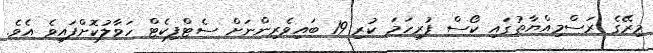
މިރޭގެ ރަސްމިއްޔާތުގައި ކޯސް ފުރިހަމަ ކުރި 19 ބައިވެރިންނަށް ސެޓްފިކެޓް ހަވާލުކޮށްފައިވެ އެވެ.